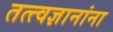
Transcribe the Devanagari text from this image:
तत्त्वज्ञानांना